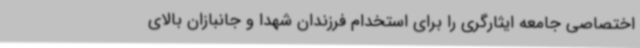
اختصاصی جامعه ایثارگری را برای استخدام فرزندان شهدا و جانبازان بالای